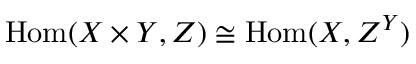
\mathrm { H o m } ( X \times Y , Z ) \cong \mathrm { H o m } ( X , Z ^ { Y } )